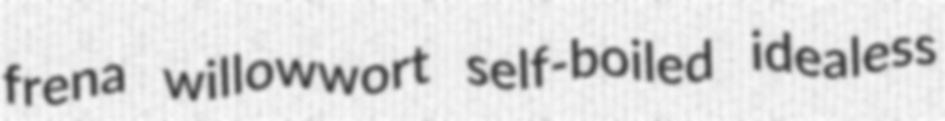
frena willowwort self-boiled idealess